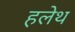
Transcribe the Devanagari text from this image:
हलेथ